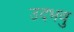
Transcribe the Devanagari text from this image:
उदभवु